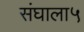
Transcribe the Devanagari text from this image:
संघाला५